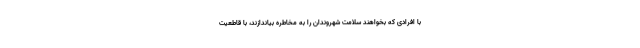
با افرادی که بخواهند سلامت شهروندان را به مخاطره بیاندازند، با قاطعیت